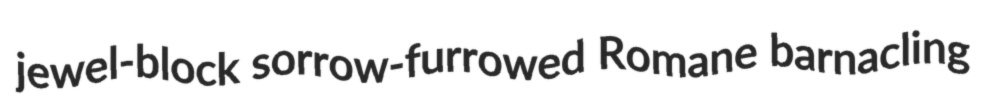
jewel-block sorrow-furrowed Romane barnacling